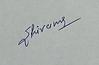
Signature authenticity: genuine